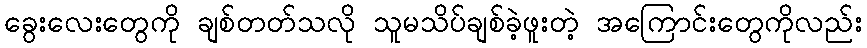
ခွေးလေးတွေကို ချစ်တတ်သလို သူမသိပ်ချစ်ခဲ့ဖူးတဲ့ အကြောင်းတွေကိုလည်း